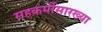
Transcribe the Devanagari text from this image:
सहकर्मीसारख्या